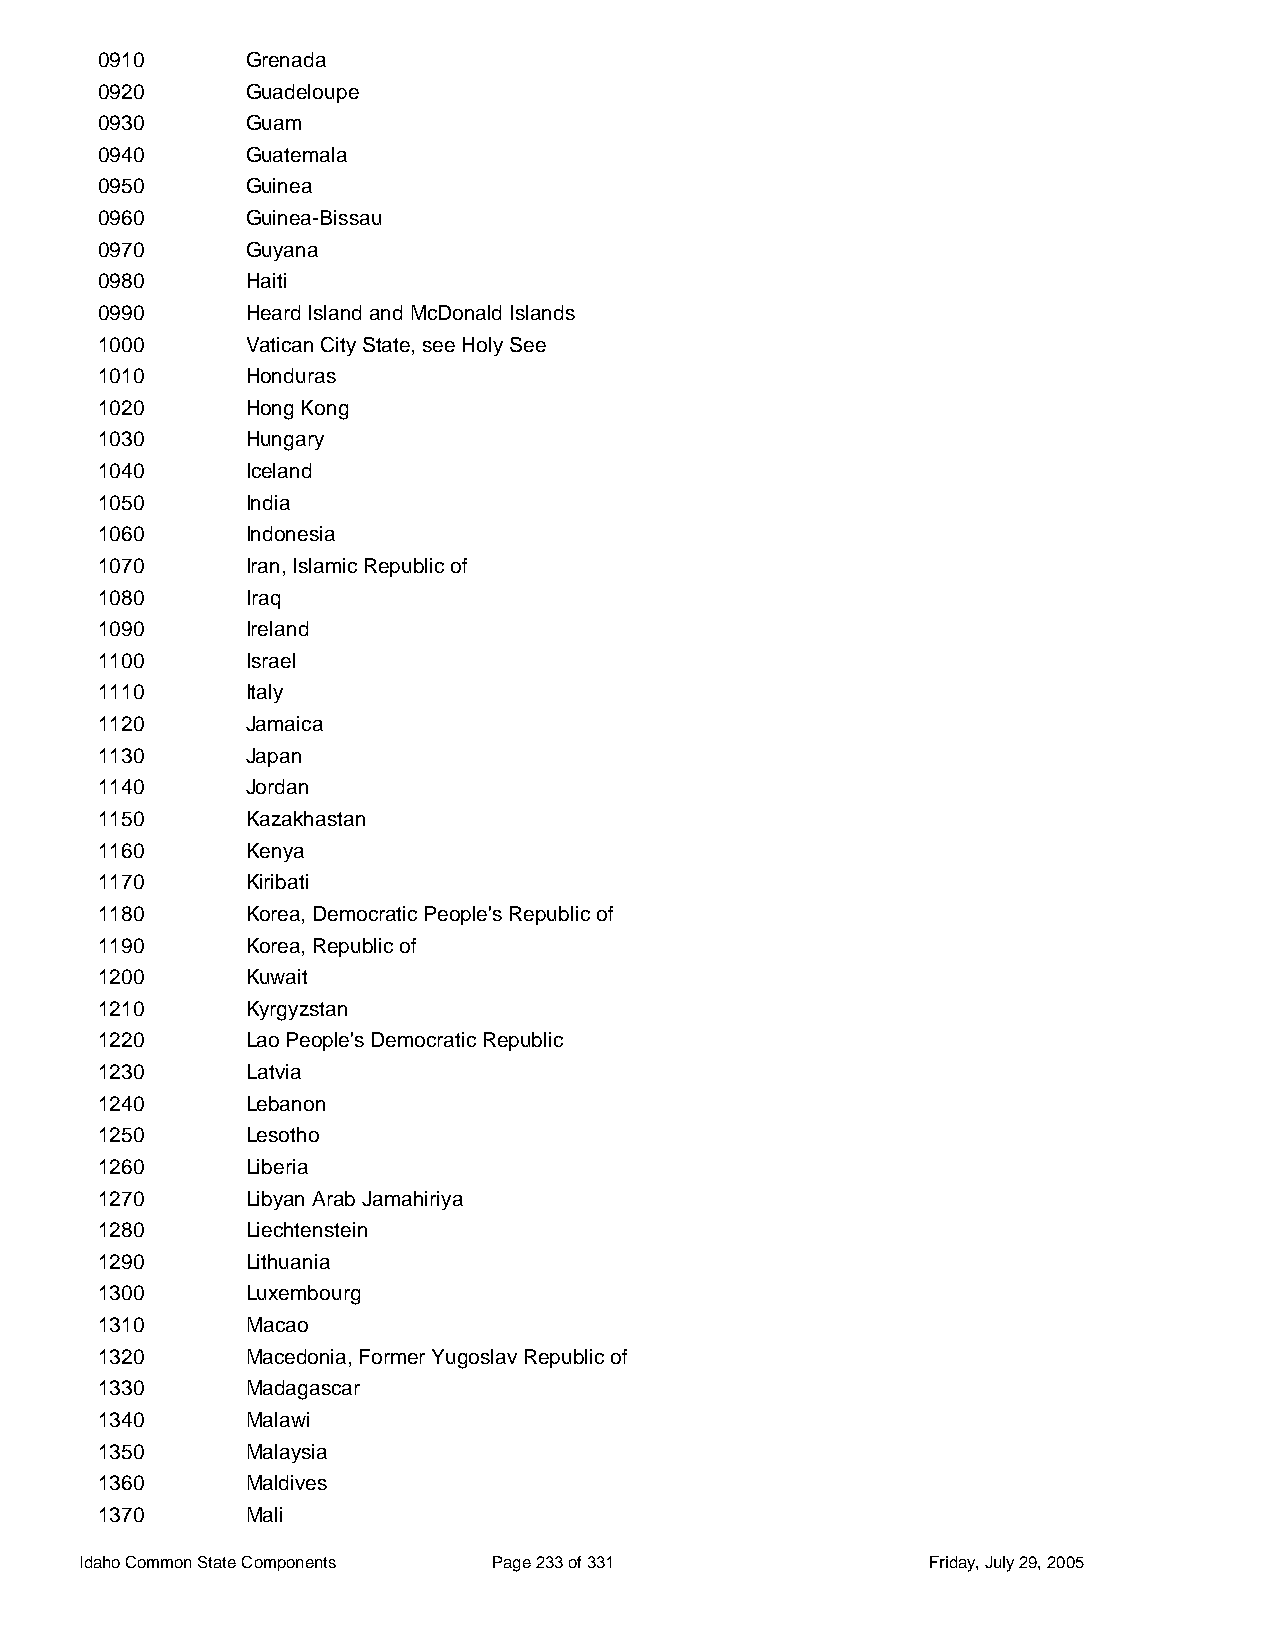
0910      Grenada
 0920      Guadeloupe
 0930      Guam
 0940      Guatemala
 0950      Guinea
 0960      Guinea-Bissau
 0970      Guyana
 0980      Haiti
 0990      Heard Island and McDonald Islands
 1000      Vatican City State, see Holy See
 1010      Honduras
 1020      Hong Kong
 1030      Hungary
 1040      Iceland
 1050      India
 1060      Indonesia
 1070      Iran, Islamic Republic of
 1080      Iraq
 1090      Ireland
 1100      Israel
 1110      Italy
 1120      Jamaica
 1130      Japan
 1140      Jordan
 1150      Kazakhastan
 1160      Kenya
 1170      Kiribati
 1180      Korea, Democratic People's Republic of
 1190      Korea, Republic of
 1200      Kuwait
 1210      Kyrgyzstan
 1220      Lao People's Democratic Republic
 1230      Latvia
 1240      Lebanon
 1250      Lesotho
 1260      Liberia
 1270      Libyan Arab Jamahiriya
 1280      Liechtenstein
 1290      Lithuania
 1300      Luxembourg
 1310      Macao
 1320      Macedonia, Former Yugoslav Republic of
 1330      Madagascar
 1340      Malawi
 1350      Malaysia
 1360      Maldives
 1370      Mali
 Idaho Common State Components Page 233 of 331           Friday, July 29, 2005